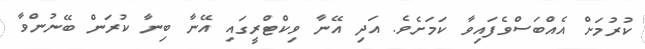
ކުރުމަށް އެއްބަސްވެފައިވާ ކަމަށެވެ. އަދި އޭނާ ވިކްޓްރީގައި އޭނާ ބިނާ ކުރަން ބޭނުންވާ